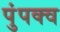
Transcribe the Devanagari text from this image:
पुंपक्व